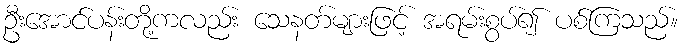
ဦးအောင်ပန်းတို့ကလည်း သေနတ်များဖြင့် အရမ်းစွပ်၍ ပစ်ကြသည်။